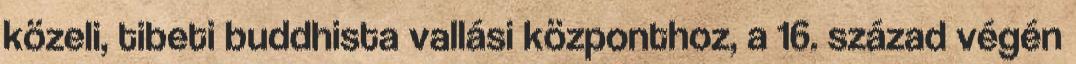
közeli, tibeti buddhista vallási központhoz, a 16. század végén